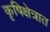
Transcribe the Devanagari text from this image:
कृषिक्षेत्रात